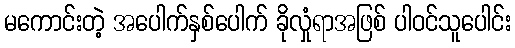
မကောင်းတဲ့ အပေါက်နှစ်ပေါက် ခိုလှုံရာအဖြစ် ပါဝင်သူပေါင်း